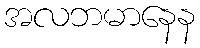
အလဘမာနေန